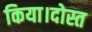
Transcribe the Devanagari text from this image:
किया।दोस्त